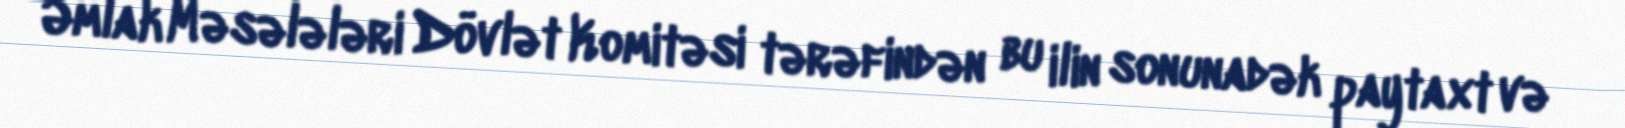
Əmlak Məsələləri Dövlət Komitəsi tərəfindən bu ilin sonunadək paytaxt və